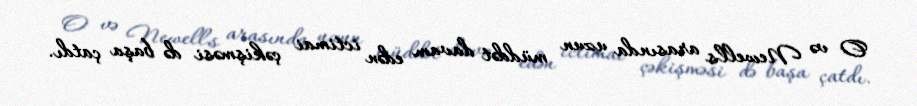
O və Newell's arasında uzun müddət davam edən ictimai çəkişməsi də başa çatdı.